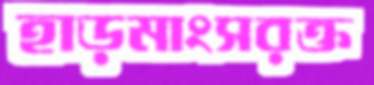
হাড়মাংসরক্ত